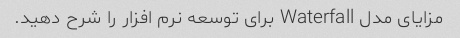
مزایای مدل Waterfall برای توسعه نرم افزار را شرح دهید.